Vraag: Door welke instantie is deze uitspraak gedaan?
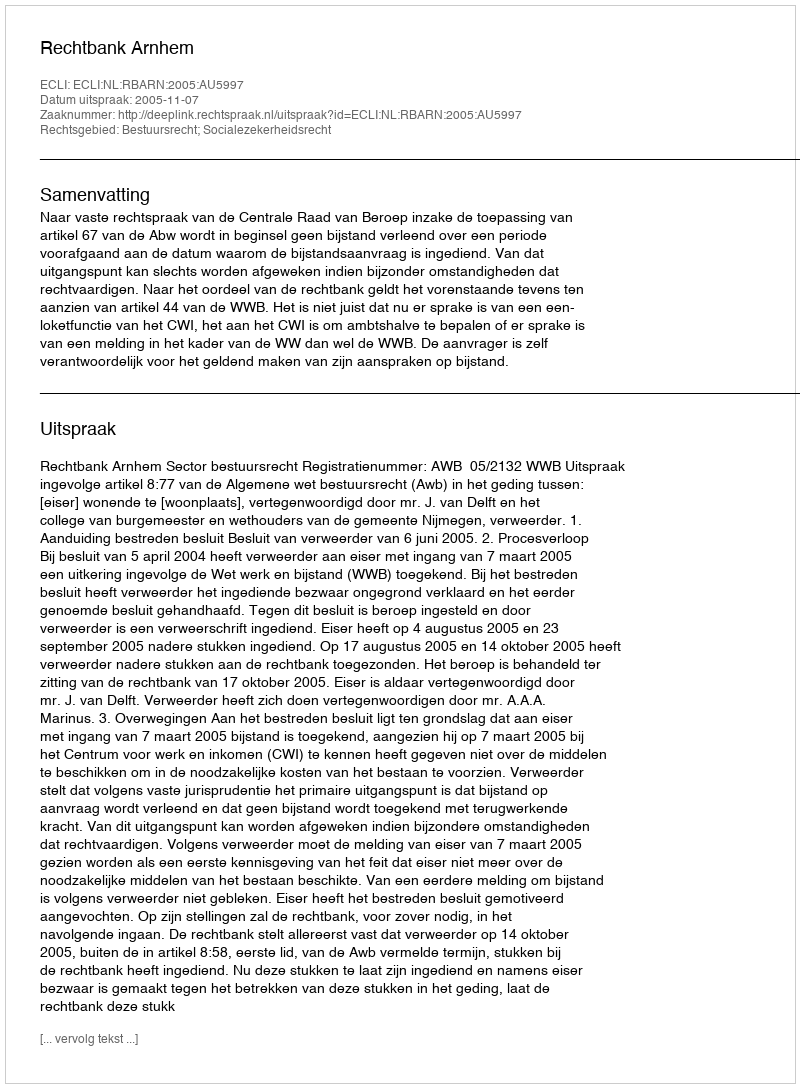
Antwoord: Rechtbank Arnhem